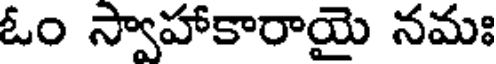
ఓం స్వాహాకారాయై నమః